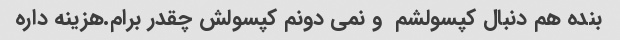
بنده هم دنبال کپسولشم  و نمی دونم کپسولش چقدر برام.هزینه داره